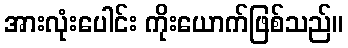
အားလုံးပေါင်း ကိုးယောက်ဖြစ်သည်။